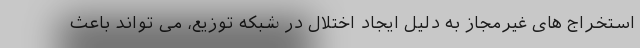
استخراج های غیرمجاز به دلیل ایجاد اختلال در شبکه توزیع، می تواند باعث